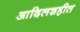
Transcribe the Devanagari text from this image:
आदिलशहीत